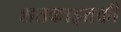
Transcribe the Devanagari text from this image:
शतकाइतकी